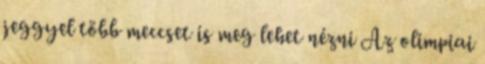
jeggyel több meccset is meg lehet nézni Az olimpiai